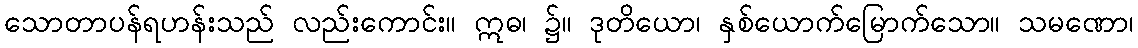
သောတာပန်ရဟန်းသည် လည်းကောင်း။ ဣဓ၊ ၌။ ဒုတိယော၊ နှစ်ယောက်မြောက်သော။ သမဏော၊